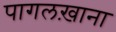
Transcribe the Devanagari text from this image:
पागलख़ाना